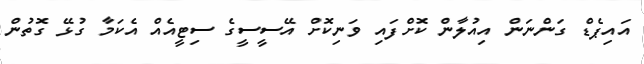
އައިޕެޑް ގަންނަން އިއުލާން ކޮށްފައި ވަނިކޮށް އޭސީސީގެ ސިޓީއެއް އެކަމާ ގުޅޭ ގޮތުން